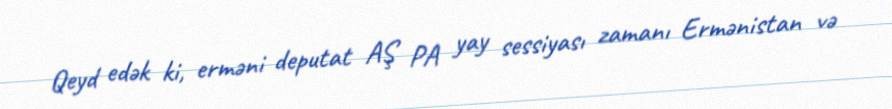
Qeyd edək ki, erməni deputat AŞ PA yay sessiyası zamanı Ermənistan və